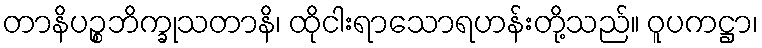
တာနိပဉ္စဘိက္ခုသတာနိ၊ ထိုငါးရာသောရဟန်းတို့သည်။ ဝူပကဋ္ဌာ၊